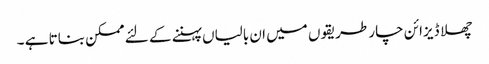
چھلا ڈیزائن چار طریقوں میں ان بالیاں پہننے کے لئے ممکن بناتا ہے ۔